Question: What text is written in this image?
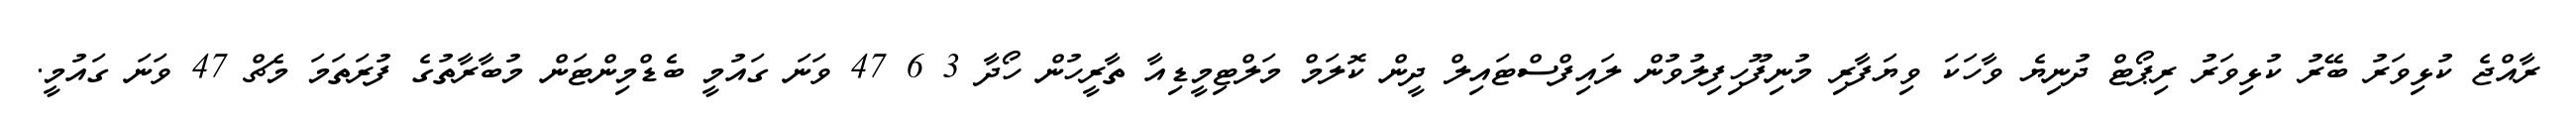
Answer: ރާއްޖެ ކުޅިވަރު ބޭރު ކުޅިވަރު ރިޕޯޓް ދުނިޔެ ވާހަކަ ވިޔަފާރި މުނިފޫހިފިލުވުން ލައިފްސްޓައިލް ދީން ކޮލަމް މަލްޓިމީޑިއާ ތާރީހުން ހޯދާ 3 6 47 ވަނަ ގައުމީ ބެޑްމިންޓަން މުބާރާތުގެ ފުރަތަމަ މެޗް 47 ވަނަ ގައުމީ.